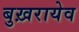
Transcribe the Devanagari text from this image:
बुख़रायेव